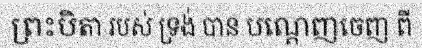
ព្រះបិតា របស់ ទ្រង់ បាន បណ្តេញចេញ ពី